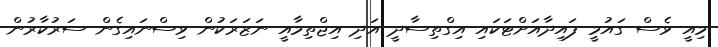
މިއީ ވެސް ގައުމީ ފައިދާއަށްޓަކައި އިގްތިސާދީ އަދި އިޖްތިމާއީ ނަޒަރަކުން ވިސްނައިގެން ސަރުކާރުން